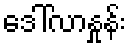
ဒေါ်လာနှုန်း